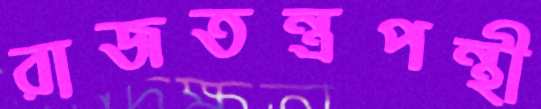
রাজতন্ত্রপন্থী